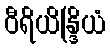
ဝီရိယိန္ဒြိယံ